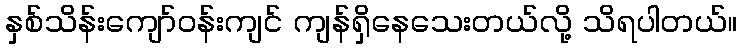
နှစ်သိန်းကျော်ဝန်းကျင် ကျန်ရှိနေသေးတယ်လို့ သိရပါတယ်။